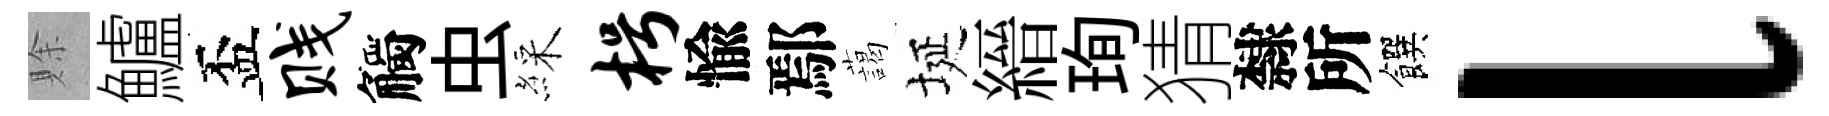
賖鱸盃贱觸虫綵枵愉鄢藹埏縉珣猜隸所饌l